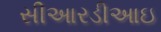
સીઆરડીઆઇ